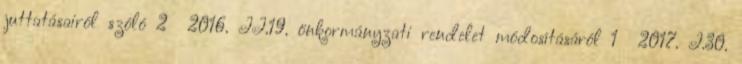
juttatásairól szóló 2 2016. II.19. önkormányzati rendelet módosításáról 1 2017. I.30.